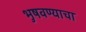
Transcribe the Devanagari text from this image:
भुषवण्याचा